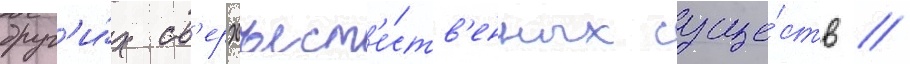
друг'и́х св'ерхъест'е́ств'енных суще́ств //